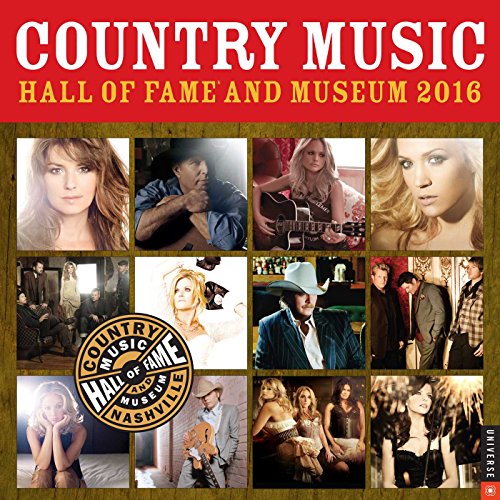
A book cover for Country Music Hall of Fame and Museum 2016 Wall Calendar; Country Music Hall Of Fame And Museum; Calendars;